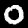
Digit: 0